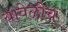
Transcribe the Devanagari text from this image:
यावेळीच